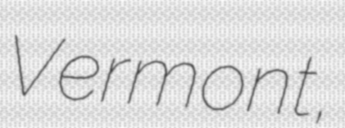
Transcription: Vermont,